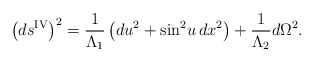
\begin{align*}\left( ds^{{\rm IV}} \right)^2 = \frac{1}{\Lambda_1} \left( du^2 + \sin^2\! u\, d x^2 \right) + \frac{1}{\Lambda_2} d\Omega^2.\end{align*}